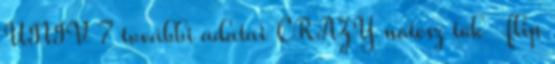
UNIV 7 további adatai CRAZY notesz tok flip